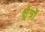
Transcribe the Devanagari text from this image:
क्ष्रेत्रों